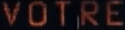
VOTRE